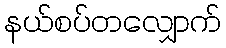
နယ်စပ်တလျှောက်